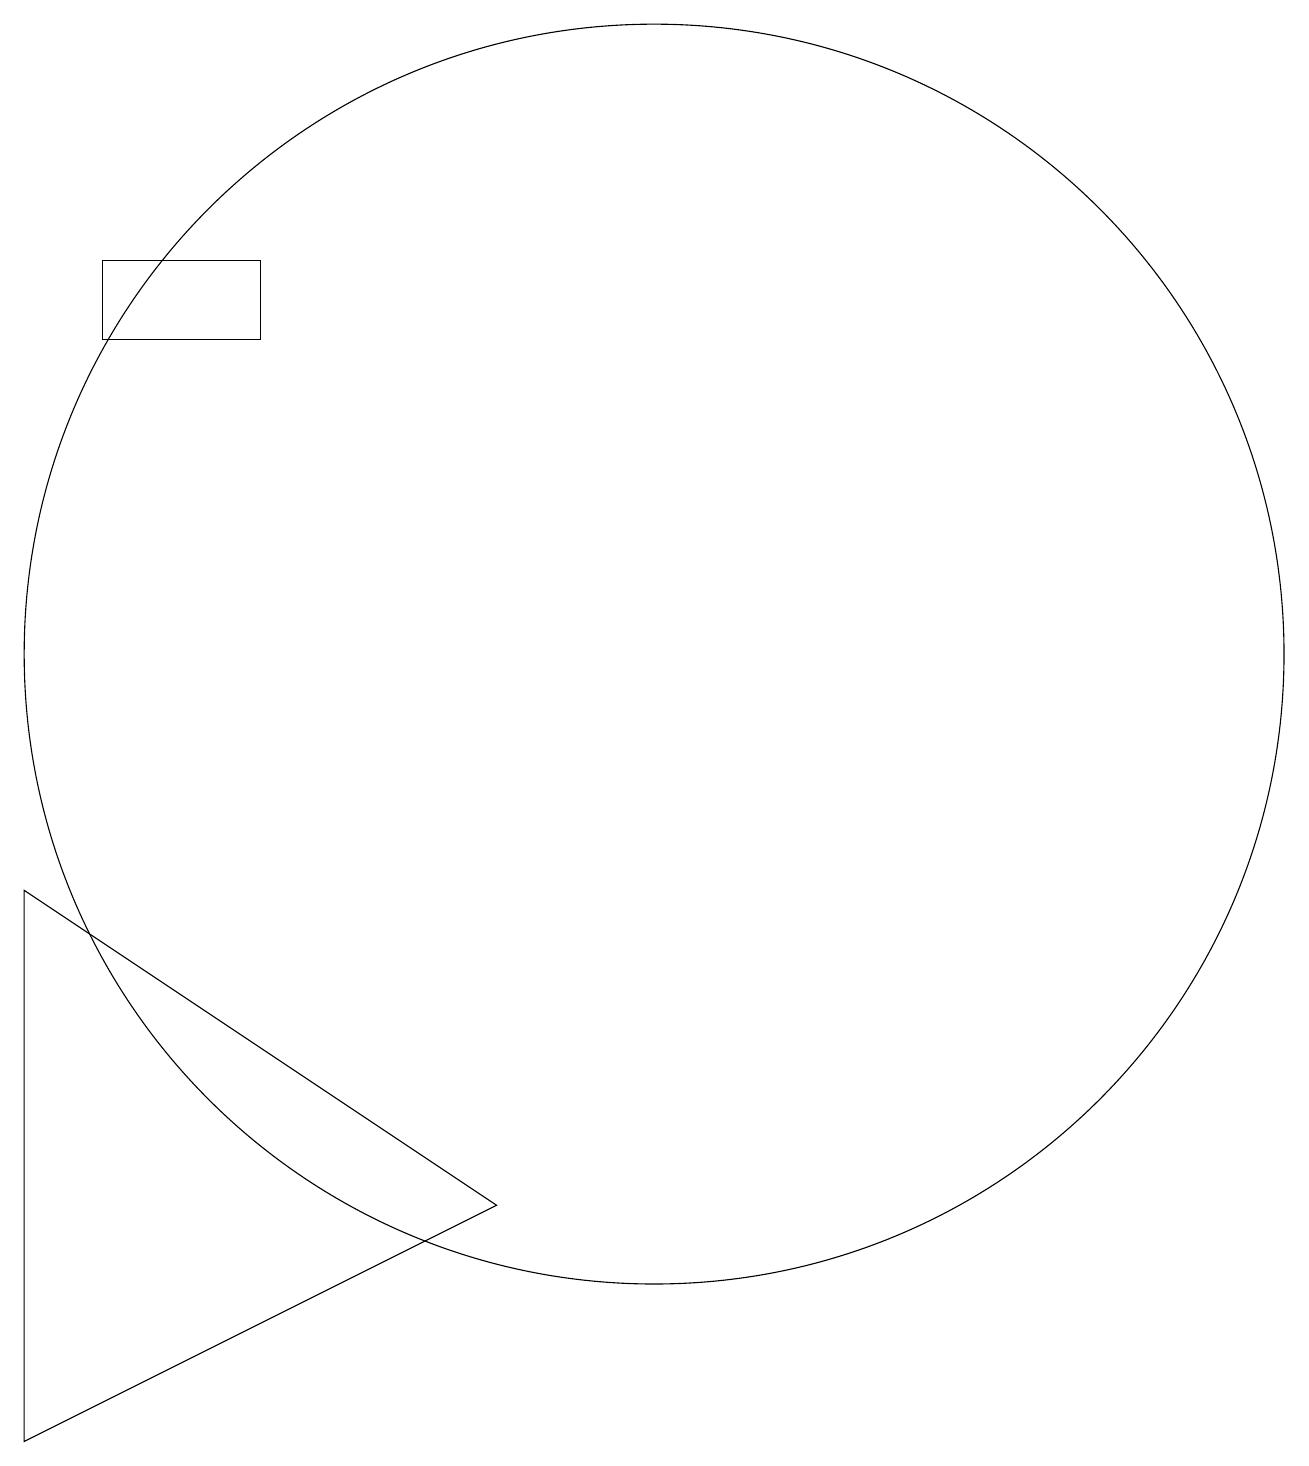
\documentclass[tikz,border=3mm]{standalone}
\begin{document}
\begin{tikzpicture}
\draw (10,11) circle (8);
\draw (8,4) -- (2,1) -- (2,8) -- cycle;
\draw (5,15) rectangle (3,16);
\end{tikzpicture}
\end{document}